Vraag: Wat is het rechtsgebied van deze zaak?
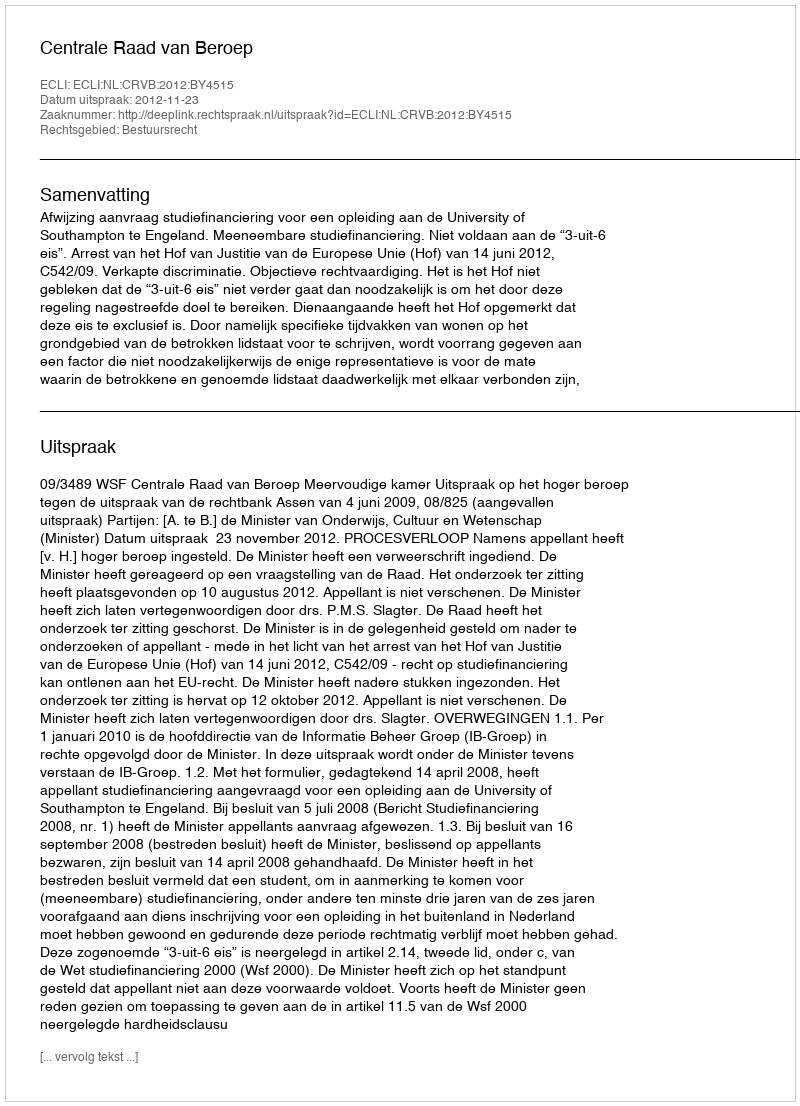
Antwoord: Bestuursrecht